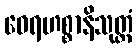
ဝေရဟစ္စာနိသုတ္တံ